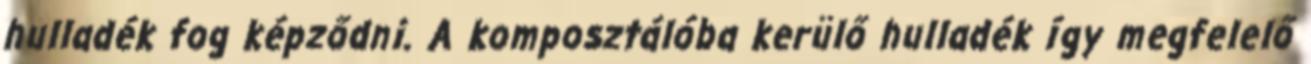
hulladék fog képződni. A komposztálóba kerülő hulladék így megfelelő